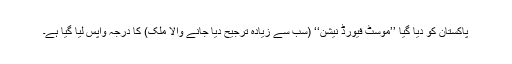
پاکستان کو دیا گیا ’’موسٹ فیورڈ نیشن‘‘ (سب سے زیادہ ترجیح دیا جانے والا ملک) کا درجہ واپس لیا گیا ہے۔